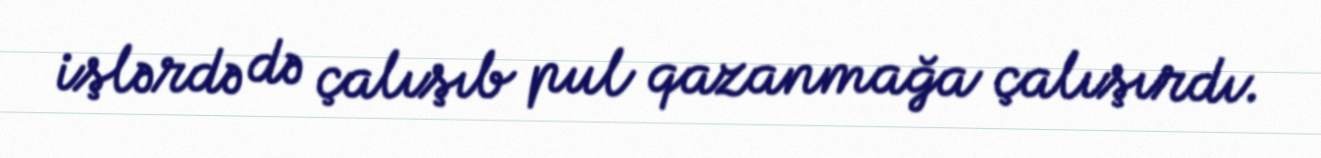
işlərdə də çalışıb pul qazanmağa çalışırdı.